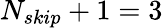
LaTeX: {N_{skip}+1}=3